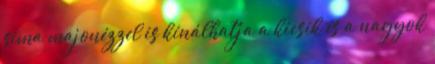
sima majonézzel is kínálhatja a kicsik és a nagyok